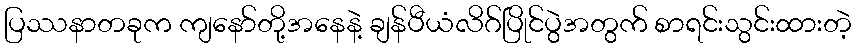
ပြဿနာတခုက ကျနော်တို့အနေနဲ့ ချန်ပီယံလိဂ်ပြိုင်ပွဲအတွက် စာရင်းသွင်းထားတဲ့